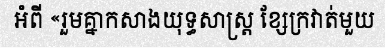
អំពី «រួមគ្នាកសាងយុទ្ធសាស្ត្រ ខ្សែក្រវាត់មួយ